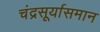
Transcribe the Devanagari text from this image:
चंद्रसूर्यासमान